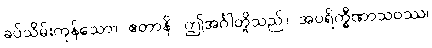
ခပ်သိမ်းကုန်သော။ ဧတာနိ၊ ဤအင်္ဂါတို့သည်။ အပရိက္ခီဏာသဝဿ၊